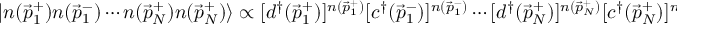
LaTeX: | n ( { \vec { p } } _ { 1 } ^ { + } ) n ( { \vec { p } } _ { 1 } ^ { - } ) \cdots n ( { \vec { p } } _ { N } ^ { + } ) n ( { \vec { p } } _ { N } ^ { + } ) \rangle \propto [ d ^ { \dag } ( { \vec { p } } _ { 1 } ^ { + } ) ] ^ { n ( { \vec { p } } _ { 1 } ^ { + } ) } [ c ^ { \dag } ( { \vec { p } } _ { 1 } ^ { - } ) ] ^ { n ( { \vec { p } } _ { 1 } ^ { - } ) } \cdots [ d ^ { \dag } ( { \vec { p } } _ { N } ^ { + } ) ] ^ { n ( { \vec { p } } _ { N } ^ { + } ) } [ c ^ { \dag } ( { \vec { p } } _ { N } ^ { + } ) ] ^ { n ( { \vec { p } } _ { N } ^ { + } ) } | 0 \rangle